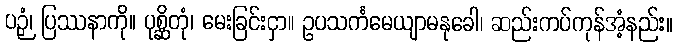
ပဉှံ၊ ပြဿနာကို။ ပုစ္ဆိတုံ၊ မေးခြင်းငှာ။ ဥပသင်္ကမေယျာမနုခေါ၊ ဆည်းကပ်ကုန်အံ့နည်း။